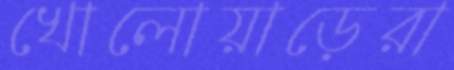
খোলোয়াড়েরা